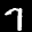
Label: 7